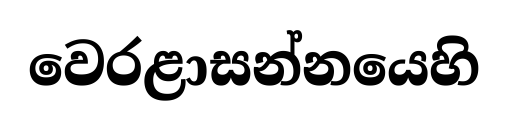
වෙරළාසන්නයෙහි